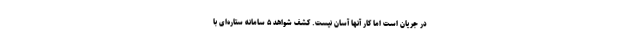
در جریان است اما کار آنها آسان نیست. کشف شواهد ۵ سامانه ستاره‌ای با